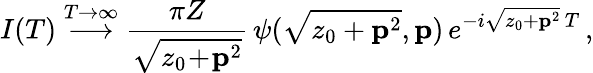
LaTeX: I(T)\stackrel{T\to\infty}{\longrightarrow}\frac{\pi Z}{\sqrt{z_{0}\! +\! {\mathbf p}^{2}}}\, \psi(\sqrt{z_{0}+{\mathbf p}^{2}},{\mathbf p})\, e^{-i\sqrt{z_{0}+{\mathbf p}^{2}}\, T}\, ,